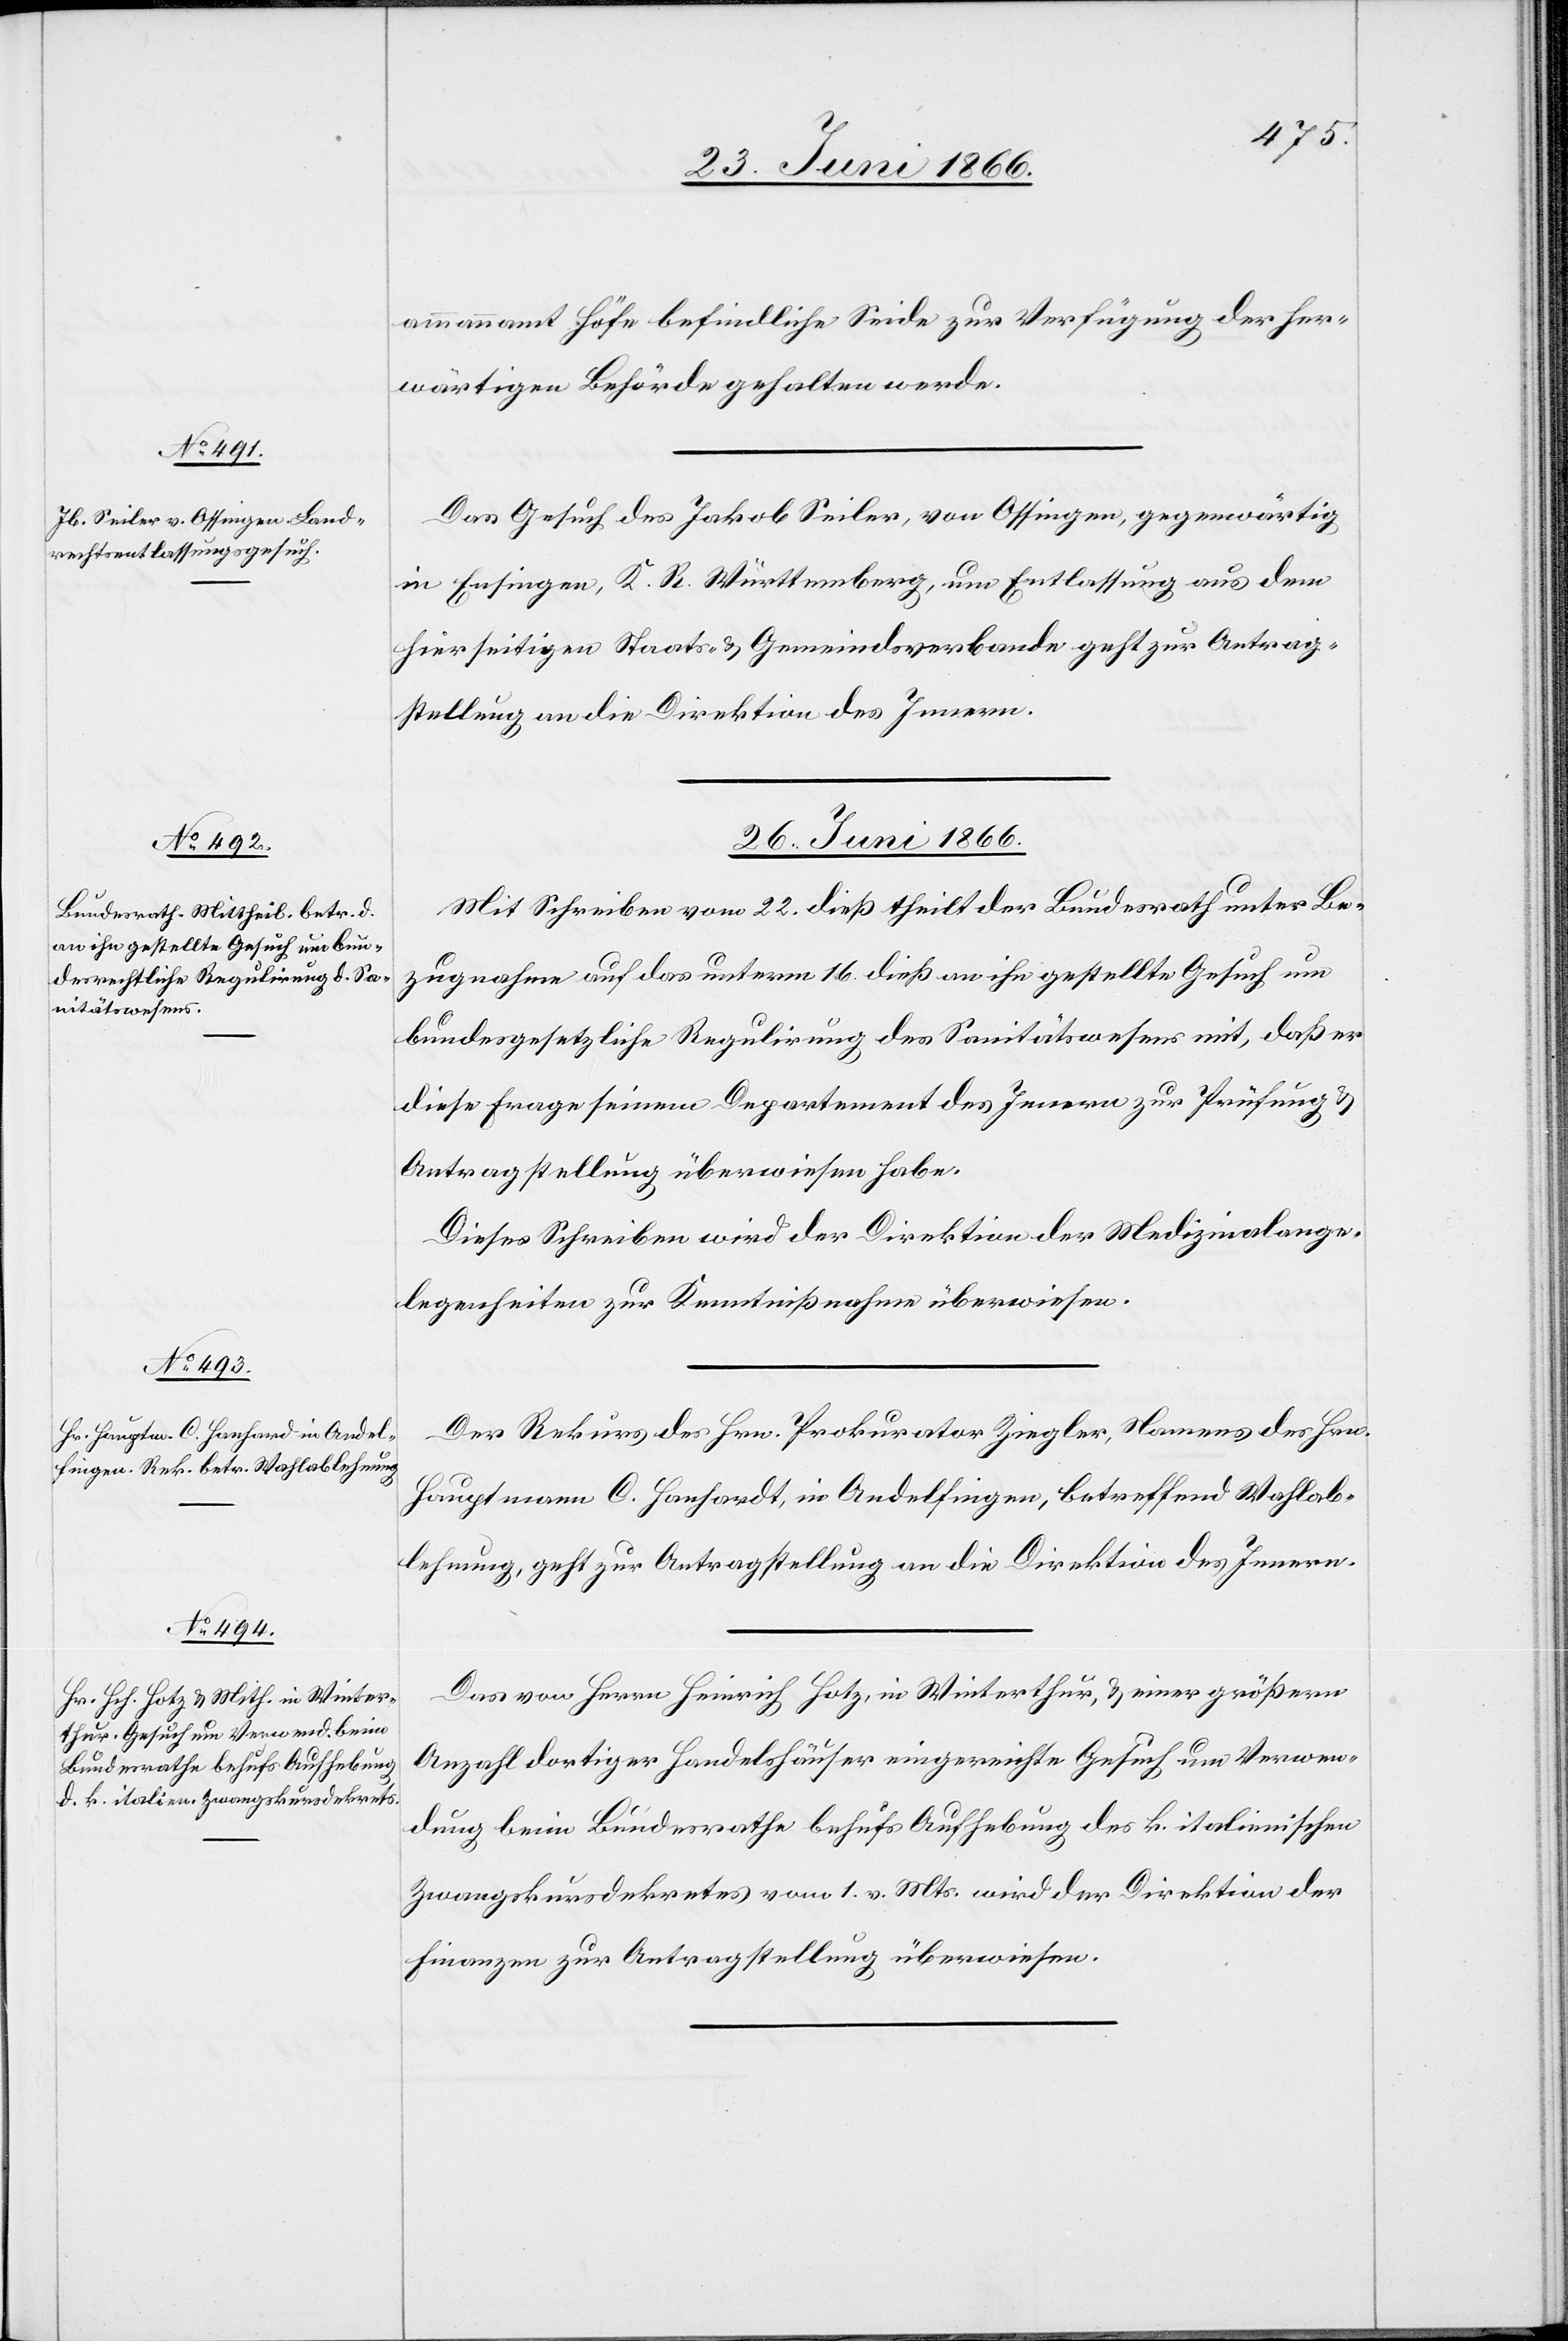
25. Juni 1866.]
ammannamt Höfe befindliche Seide zur Verfügung der her¬
wärtigen Behörde gehalten werde.
Das Gesuch des Jakob Seiler, von Ossingen, gegenwärtig
in Ensingen, K. R. Württemberg, um Entlassung aus dem
hierseitigen Staats- u. Gemeindsverbande geht zur Antrag¬
stellung an die Direktion des Innern.
26. Juni 1866.]
Mit Schreiben vom 22. dieß theilt der Bundesrath unter Be¬
zugnahme auf das unterm 16. dieß an ihn gestellte Gesuch um
bundesgesetzliche Regulirung des Sanitätswesens mit, daß er
diese Frage seinem Departemente des Innern zur Prüfung u.
Antragstellung überwiesen habe.
Dieses Schreiben wird der Direktion der Medizinalange¬
legenheiten zur Kenntnißnahme überwiesen.
Der Rekurs des Hrn. Prokurator Ziegler, Namens des Hrn.
Hauptmann C. Hanhardt [sic!] in Andelfingen, betreffend Wahlab¬
lehnung, geht zur Antragstellung an die Direktion des Innern.
Das von Herrn Heinrich Hotz, in Winterthur, u. einer größern
Anzahl dortiger Handelshäuser eingereichte Gesuch um Verwen¬
dung beim Bundesrathe behufs Aufhebung des k. italienischen
Zwangskursdekretes von 1. v. Mts. wird der Direktion der
Finanzen zur Antragstellung überwiesen.